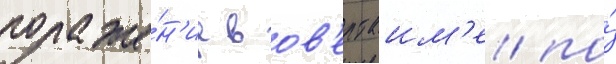
пораже́н'ие в ов'ертаим'е/ по́